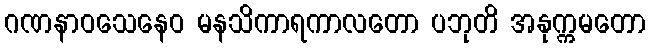
ဂဏနာဝသေနေဝ မနသိကာရကာလတော ပဘုတိ အနုက္ကမတော